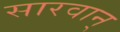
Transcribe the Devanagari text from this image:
सारवान्‌